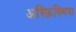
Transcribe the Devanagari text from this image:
अस्फ़िक्सिया